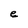
Character: e